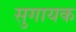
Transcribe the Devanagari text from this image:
सुगायक